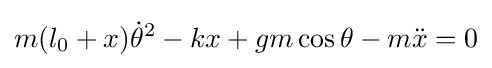
m(l_{0}+x){\dot {\theta }}^{2}-kx+gm\cos \theta -m{\ddot {x}}=0